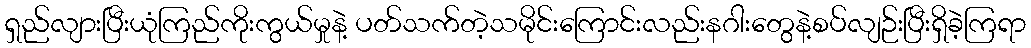
ရှည်လျားပြီးယုံကြည်ကိုးကွယ်မှုနဲ့ ပတ်သက်တဲ့သမိုင်းကြောင်းလည်းနဂါးတွေနဲ့စပ်လျဉ်းပြီးရှိခဲ့ကြရာ